65_HS1-834228961_62-HQ-83894_Section_2
Agency: FBI
Page 65
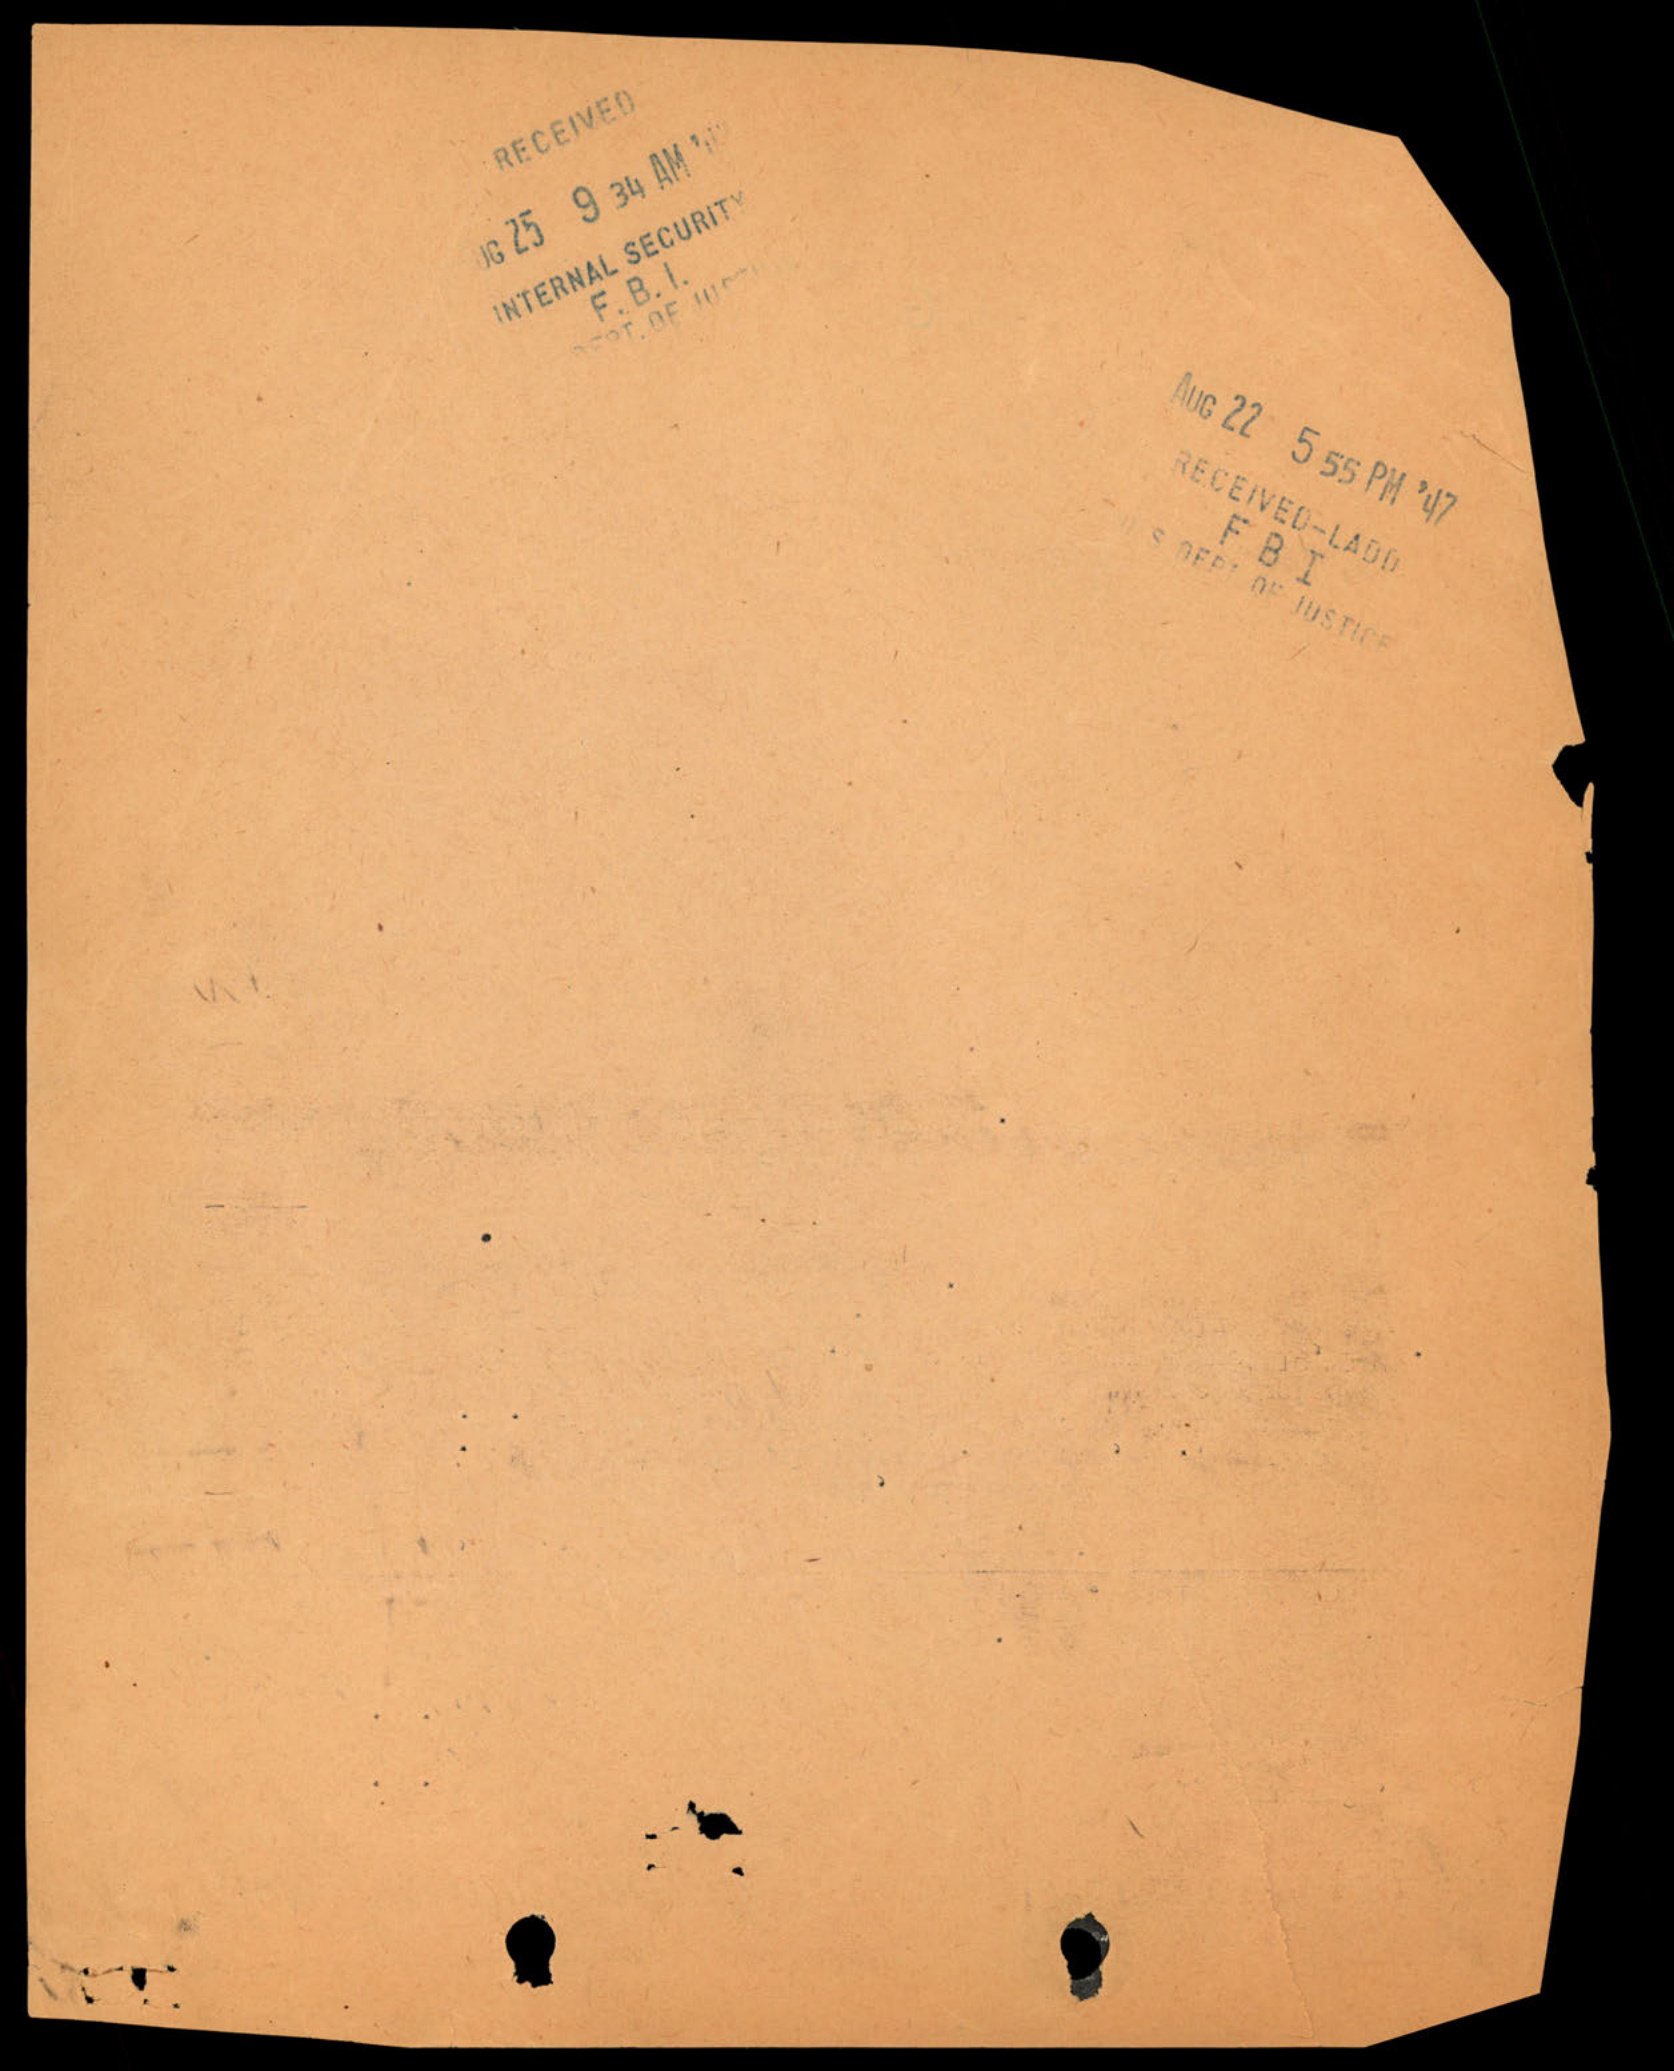